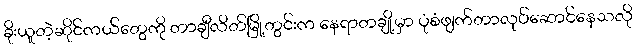
ခိုးယူတဲ့ဆိုင်ကယ်တွေကို တာချီလိတ်မြို့တွင်းက နေရာတချို့မှာ ပုံစံဖျက်တာလုပ်ဆောင်နေသလို